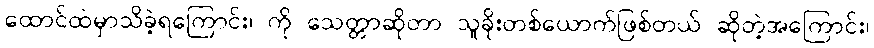
ထောင်ထဲမှာသိခဲ့ရကြောင်း၊ ကို သေတ္တာဆိုတာ သူခိုးတစ်ယောက်ဖြစ်တယ် ဆိုတဲ့အကြောင်း၊